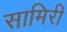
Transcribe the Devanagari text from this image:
सामिरी